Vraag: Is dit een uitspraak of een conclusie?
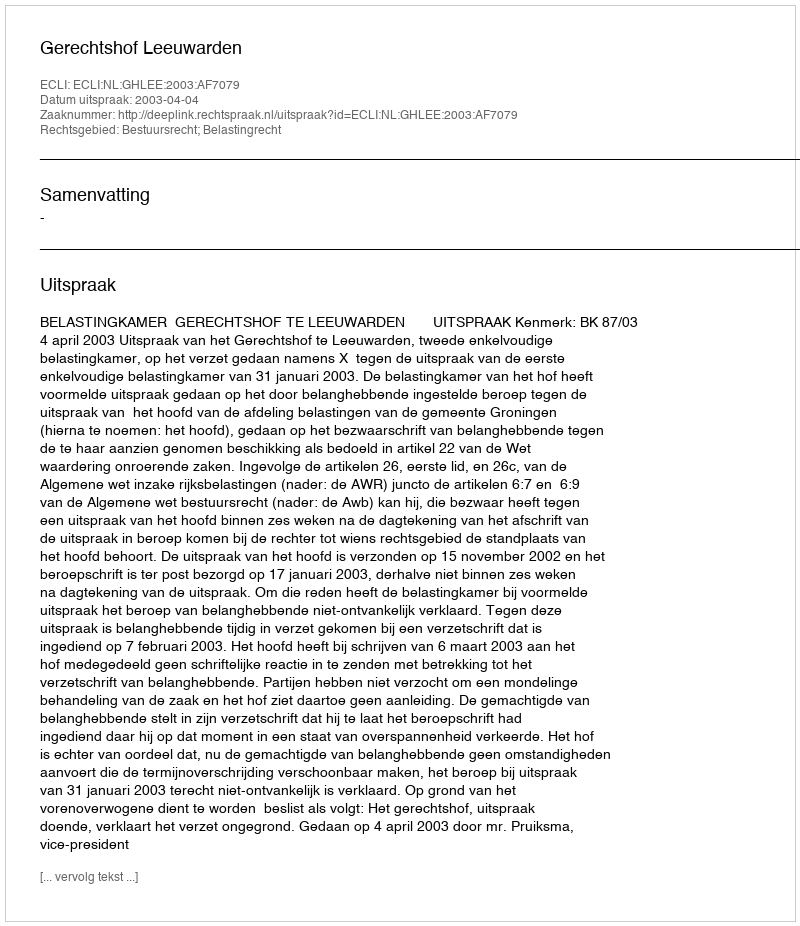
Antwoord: Uitspraak